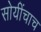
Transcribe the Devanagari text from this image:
सोयींचाच